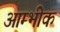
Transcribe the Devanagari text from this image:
आम्भीक